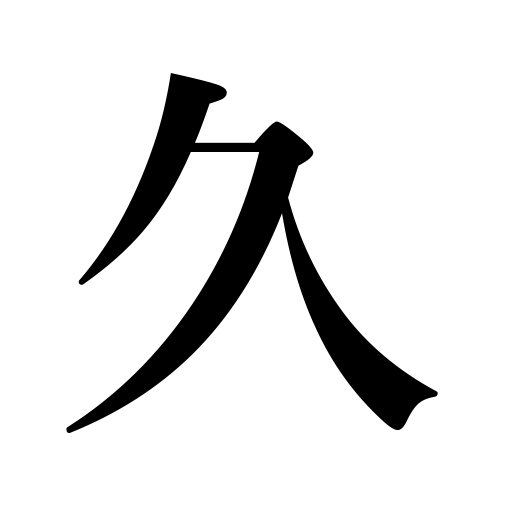
Meanings: an old story,long continued,long